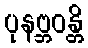
ပုနဗ္ဘဝန္တိ